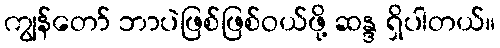
ကျွန်တော် ဘာပဲဖြစ်ဖြစ်ဝယ်ဖို့ ဆန္ဒ ရှိပါတယ်။